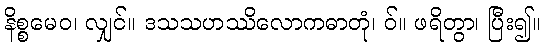
နိစ္စမေဝ၊ လျှင်။ ဒသသဟဿိလောကဓာတုံ၊ ဝ်။ ဖရိတွာ၊ ပြီး၍။